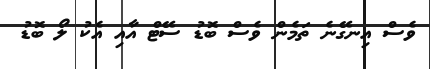
ވެސް އިނގޭނެ ތަމެން ވެސް ބޮޑު ސޭޓް އާއި އެކު ލޯ ބޮޑު